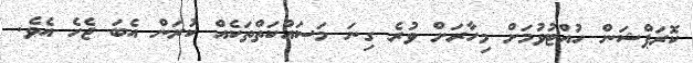
ކޮރަޕްޝަން ހުއްޓުވުމަށް މިހާރަށް ވުރެ ގިނަ މަސައްކަތްތަކެއް ކުރަން އެބަ ޖެހެ އެވެ.